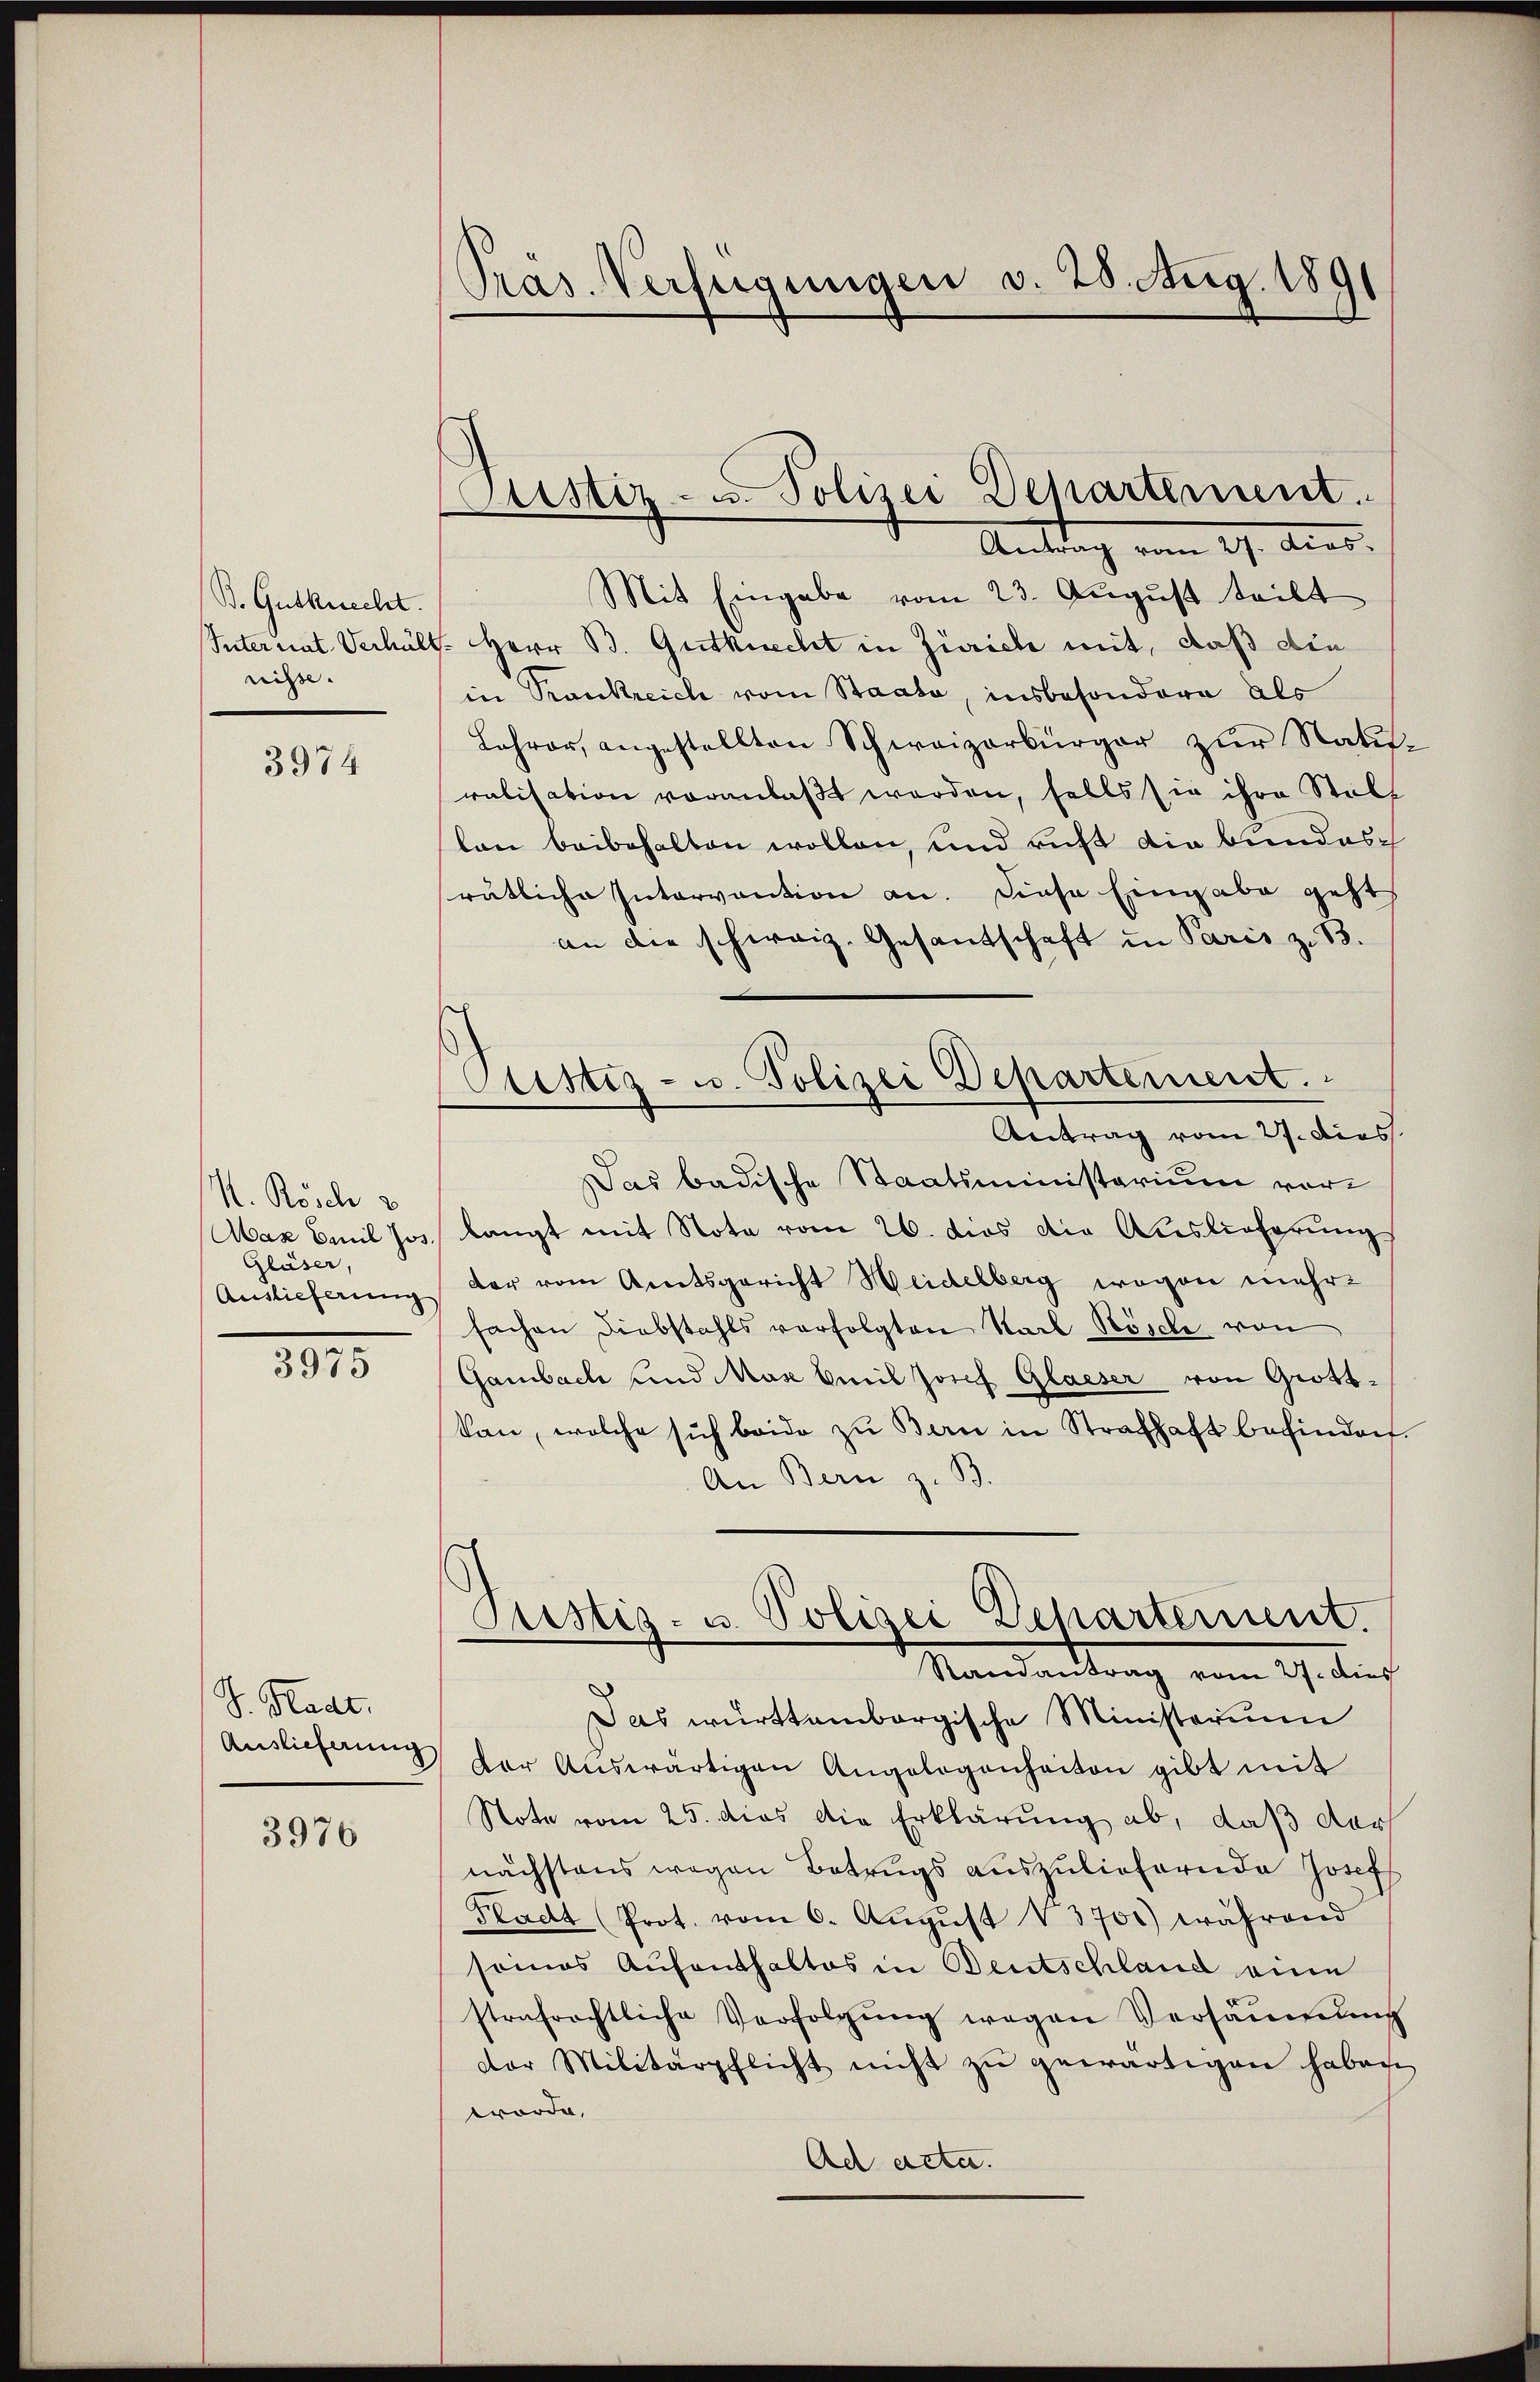
B. Gutknecht.
nisse.

3974

N. Rösch 2
Max Emil Jos.
Gläser,
Auslieferung

3975

J. Stadt,
Auslieferung

3976

Präs. Verfügungen v. 28. Aug. 1891

Custiz- u. Polizei Departement.
Antrag vom 29. Auss.

ustiz- u. Polizei Departement.
Antrag vom 27. dies

Mit Eingabe vom 23. August teilt
Internat Verhält. Herr B. Gutknecht in Zürich mit, daß die
in Trankreich vom Staate, insbesondere als
Lehrer, angestellten Schweizerbürger zur Naturalisation voranlaßt werden, falls sie ihre Stell
lon beibehalten wollen, und richt die Bundes
rätliche Intervantion an. Diese Eingabe geht
an die schweiz. Gesandschaft in Paris z. 13.
Das badische Staatsministerium vorlangt mit Note vom 26. dies die Auslieferung
der vom Amtsgericht Weidelberg wegen mehrfachen Diebstahls verfolgten Karl Bösche von
Gambach und Mas Emil Josef Glaeser von Grottkan, welche sich beide zu Bern in Strafhaft befinden.
An Bern z. B.
Justiz- u. Polizei Departement.
Mandantung vom 9. dies
Das württembergische Ministerium
der Aŭswärtigen Angelegenheiten gibt mit
Note vom 25. dies die Erklärung ab, daß dar
nächstens wegen Betrugs auszuliefernde Josef
Kladt (Prot. vom 6. Aŭgŭst 13701) während
seines Aufenthaltes in Beutschland eine
strafrechtliche Verfolgŭng wegen Versäumng
dor Militärpflicht nicht zŭ gewärtigen haben
worde,
Ad acta.